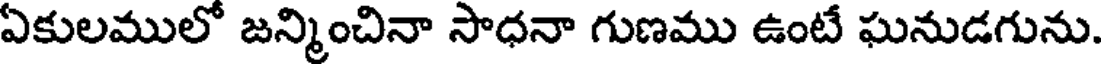
ఏకులములో జన్మించినా సాధనా గుణము ఉంటే ఘనుడగును.